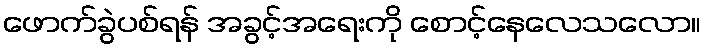
ဖောက်ခွဲပစ်ရန် အခွင့်အရေးကို စောင့်နေလေသလော။